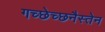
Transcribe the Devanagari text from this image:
गच्छेच्छनैस्तेन